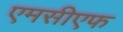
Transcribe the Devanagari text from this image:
एमसीएफ